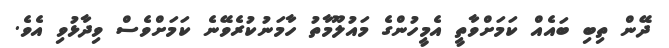
ދޭން ތިބި ބައެއް ކަމަށްވާތީ އެމީހުންގެ މައުލޫމާތު ހާމަނުކުރެވޭނެ ކަމަށްވެސް ވިދާޅުވި އެވެ.